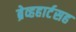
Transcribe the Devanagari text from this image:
ब्रेव्हहार्टसह